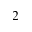
_ 2